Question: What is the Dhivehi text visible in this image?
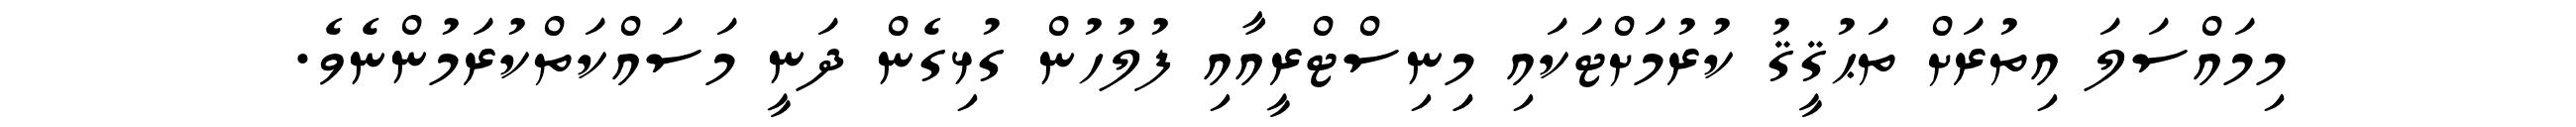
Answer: މިމައްސަލަ އިތުރަށް ތަޙުޤީޤު ކުރުމަށްޓަކައި މިިނިސްޓްރީއާއި ފުލުހުން ގުޅިގެން ދަނީ މަސައްކަތްކުރަމުންނެވެ.